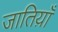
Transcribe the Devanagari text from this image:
जातिय़ाँ